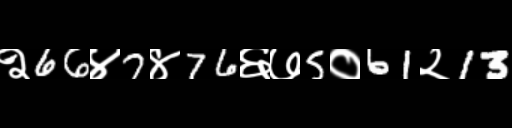
Text: २66४7४76६७5०61२13